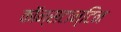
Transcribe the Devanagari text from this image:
कॉन्सटान्टिन